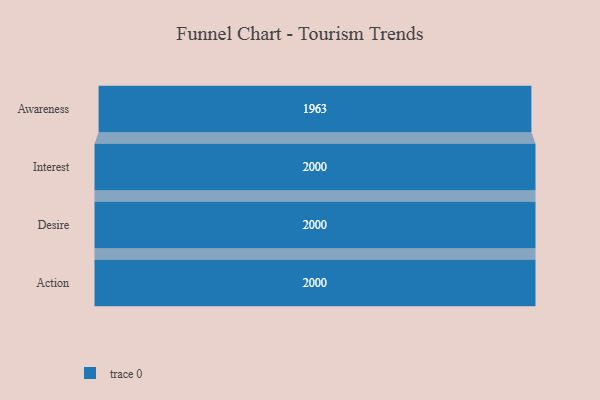
{"axis": {"x": "Stage", "y": "Value"}, "legend": [""], "data": [{"x": "Awareness", "y": 1963.0, "type": ""}, {"x": "Interest", "y": 2000, "type": ""}, {"x": "Desire", "y": 2000, "type": ""}, {"x": "Action", "y": 2000, "type": ""}]}